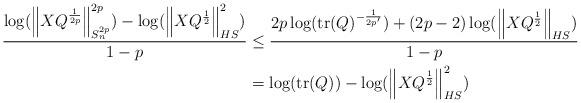
LaTeX: \begin{align*}\frac{\log (\left \|XQ^{\frac{1}{2p}}\right \|_{S^{2p}_n}^{2p}) -\log(\left \|XQ^{\frac{1}{2}}\right \|_{HS}^2)}{1-p}&\leq \frac{2p \log(\mathrm{tr}(Q)^{-\frac{1}{2p'}})+ (2p-2)\log (\left \|XQ^{\frac{1}{2}}\right \|_{HS})}{1-p}\\&=\log(\mathrm{tr}(Q))-\log (\left \|XQ^{\frac{1}{2}}\right \|_{HS}^2)\end{align*}